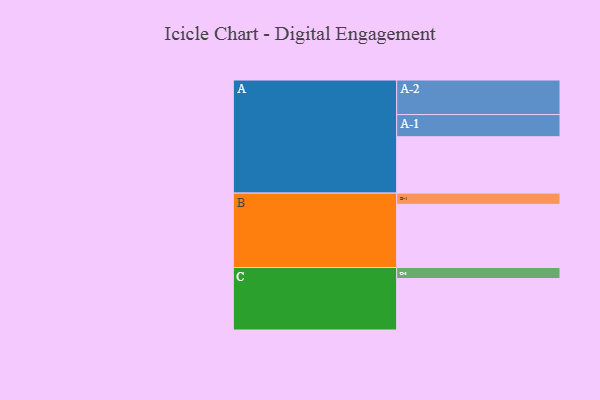
{"axis": {"x": "Segment", "y": "Value"}, "legend": ["", "A", "B", "C"], "data": [{"x": "A", "y": 450, "type": ""}, {"x": "B", "y": 504, "type": ""}, {"x": "C", "y": 411, "type": ""}, {"x": "A-1", "y": 177, "type": "A"}, {"x": "A-2", "y": 276, "type": "A"}, {"x": "B-1", "y": 90, "type": "B"}, {"x": "C-1", "y": 88, "type": "C"}]}